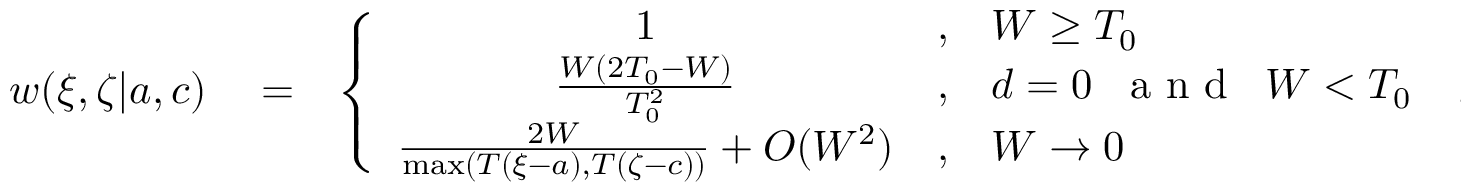
\begin{array} { r l r } { w ( \xi , \zeta | { a } , { c } ) } & { { } = } & { \left\{ \begin{array} { c c l } { 1 } & { , } & { W \ge T _ { 0 } } \\ { \frac { W ( 2 T _ { 0 } - W ) } { T _ { 0 } ^ { 2 } } } & { , } & { d = 0 \; \; \mathrm { ~ a ~ n ~ d ~ } \; \; W < T _ { 0 } } \\ { \frac { 2 W } { \operatorname* { m a x } ( T ( \xi - a ) , T ( \zeta - c ) ) } + { \cal O } ( W ^ { 2 } ) } & { , } & { W \rightarrow 0 } \end{array} \right. \; . } \end{array}